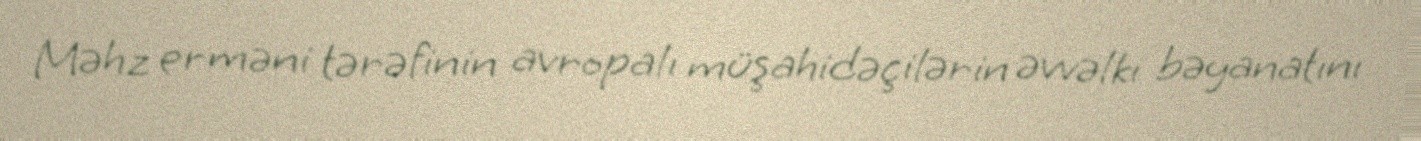
Məhz erməni tərəfinin avropalı müşahidəçilərin əvvəlki bəyanatını